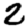
Digit: 2